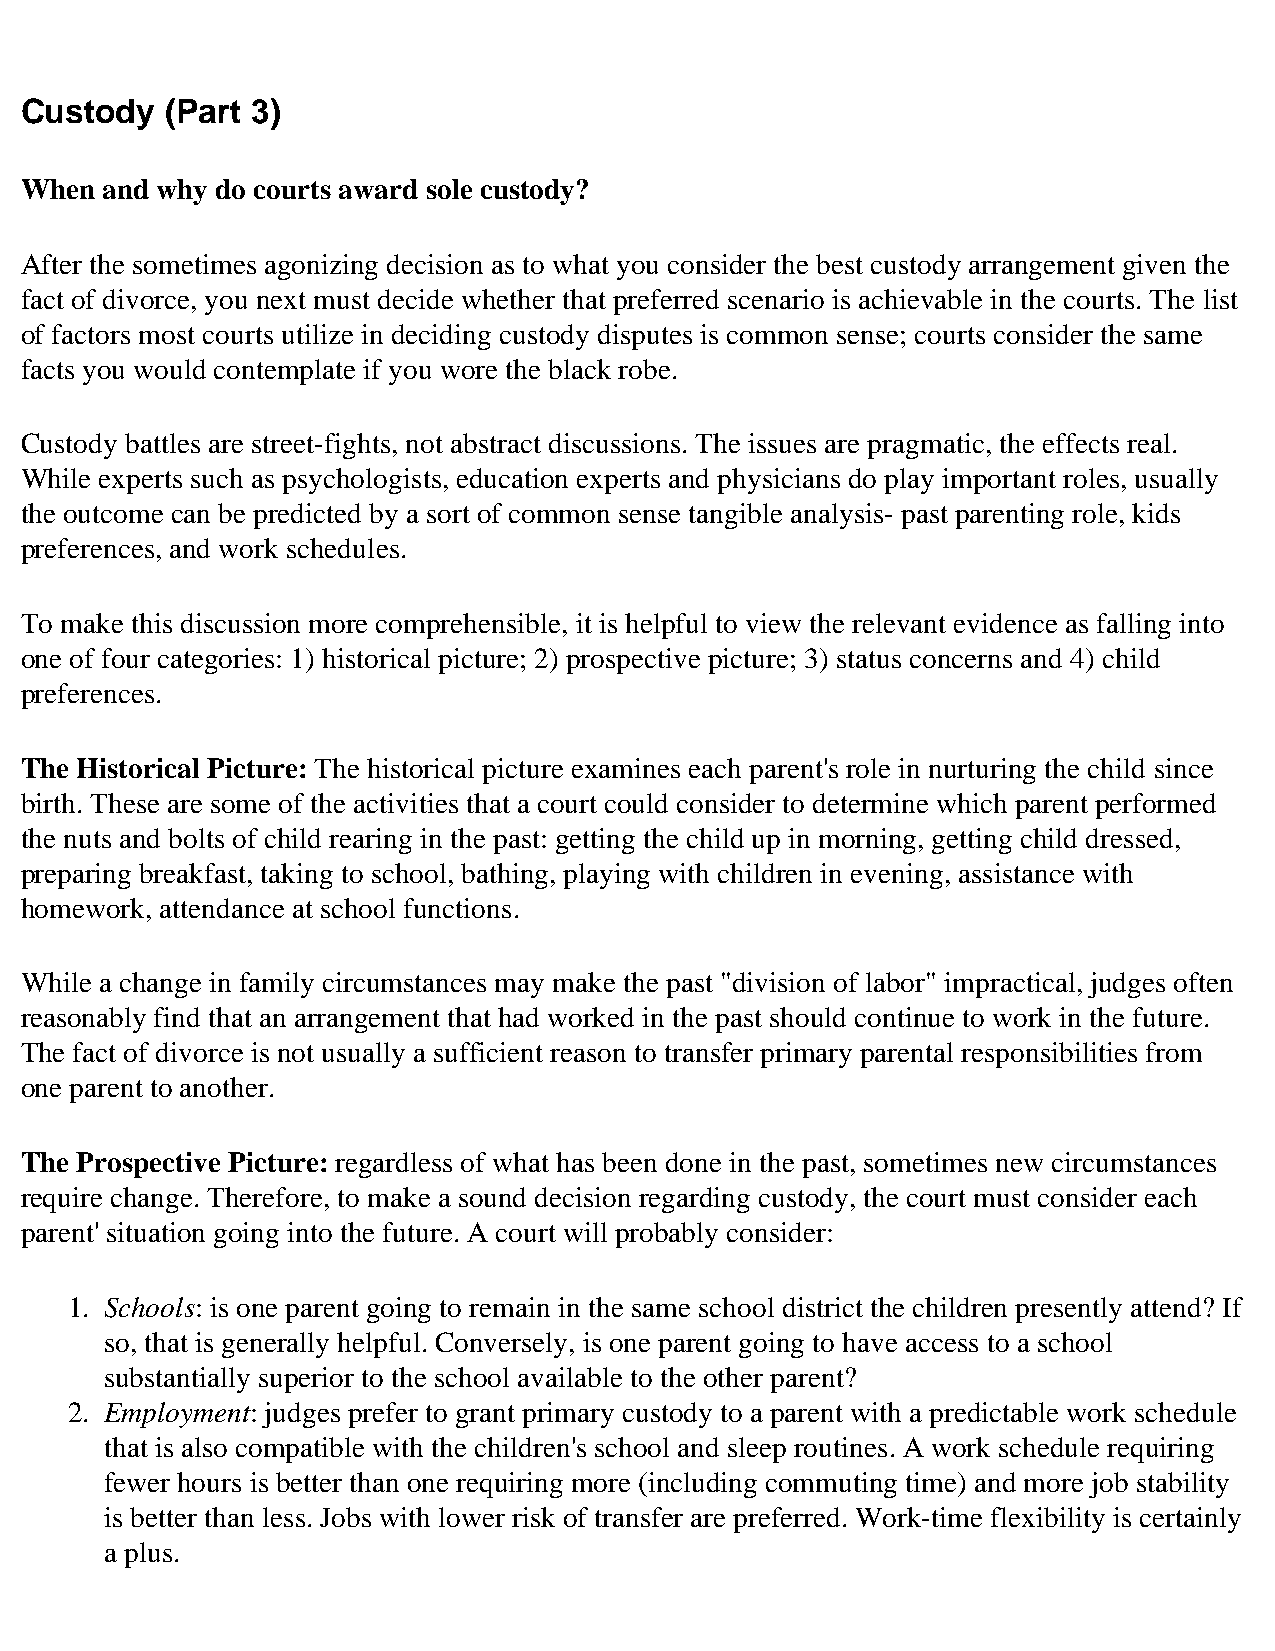
Custody   (Part 3)
 When  and why do courts award sole custody?
 After the sometimes agonizing decision as to what you consider the best custody arrangement given the
 fact of divorce, you next must decide whether that preferred scenario is achievable in the courts. The list
 of factors most courts utilize in deciding custody disputes is common sense; courts consider the same
 facts you would contemplate if you wore the black robe.
 Custody battles are street-fights, not abstract discussions. The issues are pragmatic, the effects real.
 While experts such as psychologists, education experts and physicians do play important roles, usually
 the outcome can be predicted by a sort of common sense tangible analysis- past parenting role, kids
 preferences, and work schedules.
 To make this discussion more comprehensible, it is helpful to view the relevant evidence as falling into
 one of four categories: 1) historical picture; 2) prospective picture; 3) status concerns and 4) child
 preferences.
 The Historical Picture: The historical picture examines each parent's role in nurturing the child since
 birth. These are some of the activities that a court could consider to determine which parent performed
 the nuts and bolts of child rearing in the past: getting the child up in morning, getting child dressed,
 preparing breakfast, taking to school, bathing, playing with children in evening, assistance with
 homework, attendance at school functions.
 While a change in family circumstances may make the past "division of labor" impractical, judges often
 reasonably find that an arrangement that had worked in the past should continue to work in the future.
 The fact of divorce is not usually a sufficient reason to transfer primary parental responsibilities from
 one parent to another.
 The Prospective Picture: regardless of what has been done in the past, sometimes new circumstances
 require change. Therefore, to make a sound decision regarding custody, the court must consider each
 parent' situation going into the future. A court will probably consider:
 1. Schools: is one parent going to remain in the same school district the children presently attend? If
 so, that is generally helpful. Conversely, is one parent going to have access to a school
 substantially superior to the school available to the other parent?
 2. Employment: judges prefer to grant primary custody to a parent with a predictable work schedule
 that is also compatible with the children's school and sleep routines. A work schedule requiring
 fewer hours is better than one requiring more (including commuting time) and more job stability
 is better than less. Jobs with lower risk of transfer are preferred. Work-time flexibility is certainly
 a plus.